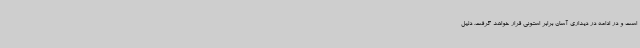
است و در ادامه در دیداری آسان برابر استونی قرار خواهد گرفت. دلیل